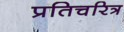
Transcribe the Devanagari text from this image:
प्रतिचरित्र